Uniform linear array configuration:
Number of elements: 12
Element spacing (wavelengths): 0.5
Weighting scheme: hann
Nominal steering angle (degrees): -45
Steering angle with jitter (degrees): -45.977
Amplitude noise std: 0.05
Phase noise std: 0.05

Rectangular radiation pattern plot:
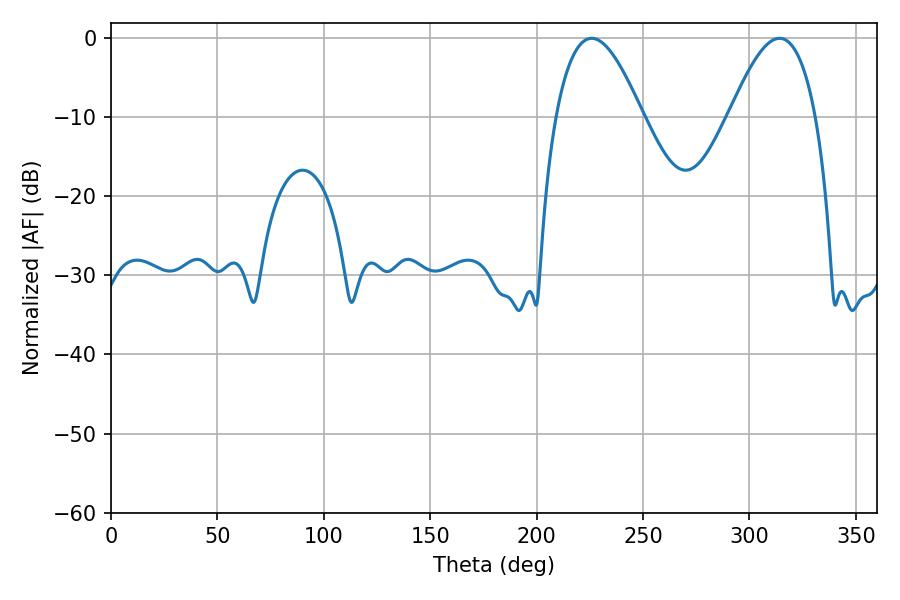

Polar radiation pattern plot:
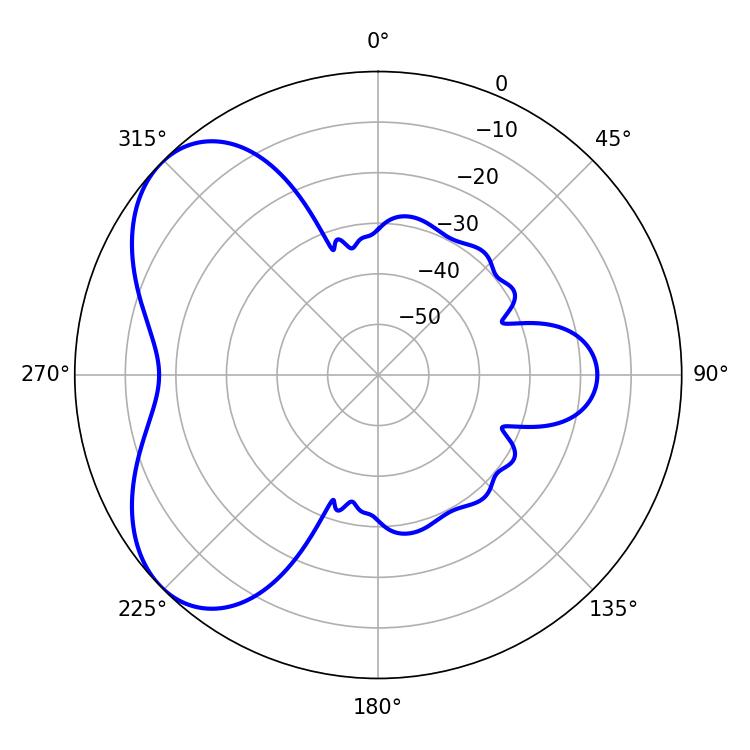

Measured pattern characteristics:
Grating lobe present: FALSE
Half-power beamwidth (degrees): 21.96
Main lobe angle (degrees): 225.9